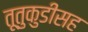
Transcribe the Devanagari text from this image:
तूतुकुडीसह